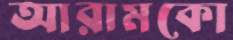
আরামকো